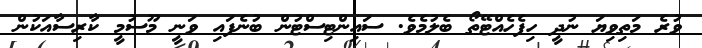
ވުރެ މަތިވިޔަ ނުދީ ހިފެހެއްޓޭތޯ ބެލުމެވެ. ސައިންޓިސްޓުން ބުނެފައި ވަނީ މޫސުމީ ކާރިސާއަކުން